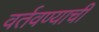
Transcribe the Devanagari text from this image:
वर्तवण्याची